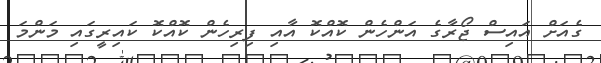
ގެއަށް އައިސް ޖޯރާގެ އަންހެން ކޮއްކޮ އާއި ފިރިހެން ކޮއްކޮ ކައިރީގައި މަންމަ